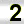
Digit: 2